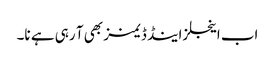
اب اینجلز اینڈ ڈیمنز بھی آ رہی ہے نا۔